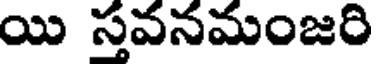
యి సవనమంజరి